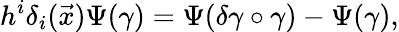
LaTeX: h^{i}\delta_{i}(\vec{x})\Psi(\gamma)=\Psi(\delta\gamma\circ\gamma)-\Psi(\gamma),